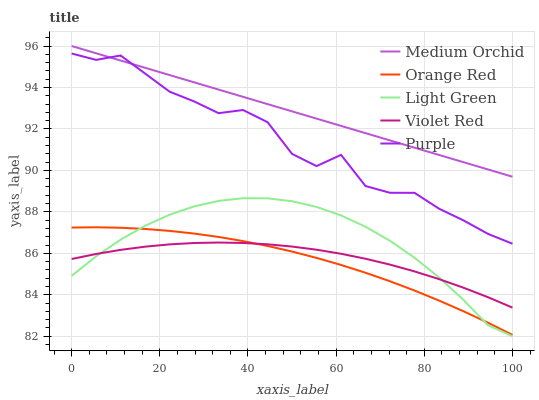
| xaxis_label | Medium Orchid | Orange Red | Light Green | Violet Red | Purple |
 | --- | --- | --- | --- | --- | --- |
 | 0 | 96 | 87.2 | 84.9 | 85.7 | 95.6 |
 | 5.56 | 95.6 | 87.3 | 85.9 | 86 | 95.3 |
 | 11.1 | 95.3 | 87.2 | 86.7 | 86.2 | 95.5 |
 | 16.7 | 94.9 | 87.2 | 87.3 | 86.3 | 94.7 |
 | 22.2 | 94.6 | 87.1 | 87.9 | 86.4 | 93.8 |
 | 27.8 | 94.2 | 87 | 88.3 | 86.5 | 93.3 |
 | 33.3 | 93.9 | 86.8 | 88.5 | 86.5 | 92.8 |
 | 38.9 | 93.5 | 86.6 | 88.7 | 86.5 | 92.9 |
 | 44.4 | 93.2 | 86.4 | 88.7 | 86.4 | 92.3 |
 | 50 | 92.8 | 86.1 | 88.5 | 86.3 | 90.8 |
 | 55.6 | 92.5 | 85.8 | 88.2 | 86.2 | 90.2 |
 | 61.1 | 92.1 | 85.4 | 87.8 | 86 | 90.7 |
 | 66.7 | 91.8 | 85.1 | 87.3 | 85.7 | 89.2 |
 | 72.2 | 91.4 | 84.7 | 86.6 | 85.5 | 88.9 |
 | 77.8 | 91.1 | 84.2 | 85.8 | 85.1 | 88.9 |
 | 83.3 | 90.7 | 83.7 | 84.8 | 84.8 | 88.2 |
 | 88.9 | 90.4 | 83.2 | 83.8 | 84.3 | 87.6 |
 | 94.4 | 90 | 82.7 | 82.5 | 83.9 | 86.9 |
 | 100 | 89.7 | 82.1 | 82 | 83.4 | 86.5 |